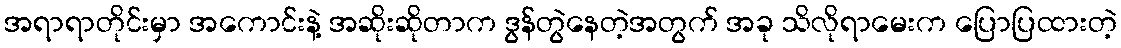
အရာရာတိုင်းမှာ အကောင်းနဲ့ အဆိုးဆိုတာက ဒွန်တွဲနေတဲ့အတွက် အခု သိလိုရာမေးက ပြောပြထားတဲ့